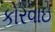
કોરવાઇ